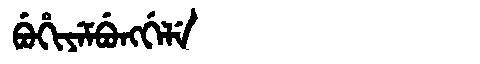
Manchu: ᠪᡠᡥᡳᠶᡝᠮᠪᡠᠩᡤᡝᠯᡝ
Romanization: BUHIYEMBUNGGELE